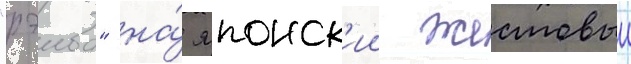
"рэива" на́ японск'ии жестовыи